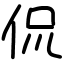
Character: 侃